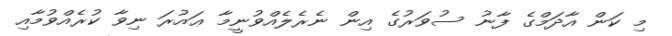
މި ކަން އާދަމްގެ ފާނު ސުވަރުގެ އިން ނެރެލެއްވުނީމާ ޢައުރަ ނިވާ ކުރެއްވުމާއި